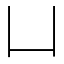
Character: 凵